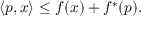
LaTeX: \left\langle p , x \right\rangle \leq f ( x ) + f ^ { * } ( p ) .